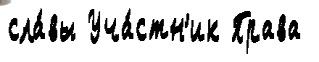
сла́вы Уча́стн'ик Права